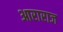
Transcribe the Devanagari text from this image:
आराराज